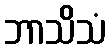
ဘာသိသံ